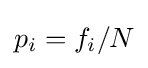
p_{i}=f_{i}/N